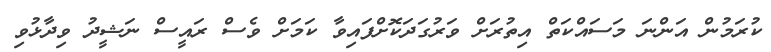
ކުރަމުން އަންނަ މަސައްކަތް އިތުރަށް ވަރުގަދަކޮށްފައިވާ ކަމަށް ވެސް ރައީސް ނަޝީދު ވިދާޅުވި